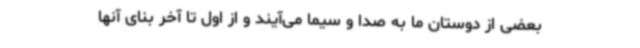
بعضی از دوستان ما به صدا و سیما می‌آیند و از اول تا آخر بنای آنها